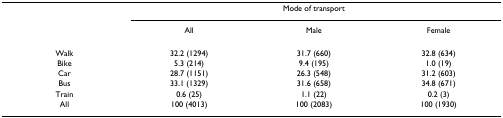
|  | <COLSPAN=3> Mode of transport |
 |  | All | Male | Female |
 | --- | --- | --- | --- |
 | Walk | 32.2 (1294) | 31.7 (660) | 32.8 (634) |
 | Bike | 5.3 (214) | 9.4 (195) | 1.0 (19) |
 | Car | 28.7 (1151) | 26.3 (548) | 31.2 (603) |
 | Bus | 33.1 (1329) | 31.6 (658) | 34.8 (671) |
 | Train | 0.6 (25) | 1.1 (22) | 0.2 (3) |
 | All | 100 (4013) | 100 (2083) | 100 (1930) |